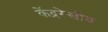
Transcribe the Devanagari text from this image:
केंद्ररेखीय